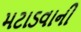
મટાડવાની